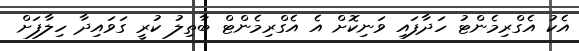
އެކު އެގްރިމެންޓު ހަދާފައި ވަނިކޮށް އެ އެގްރިމެންޓް ބާތިލު ކުރީ ގަވައިދާ ހިލާފަށް